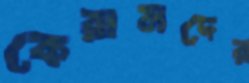
কেরামদের